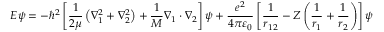
E \psi = - \hbar ^ { 2 } \left[ { \frac { 1 } { 2 \mu } } \left( \nabla _ { 1 } ^ { 2 } + \nabla _ { 2 } ^ { 2 } \right) + { \frac { 1 } { M } } \nabla _ { 1 } \cdot \nabla _ { 2 } \right] \psi + { \frac { e ^ { 2 } } { 4 \pi \varepsilon _ { 0 } } } \left[ { \frac { 1 } { r _ { 1 2 } } } - Z \left( { \frac { 1 } { r _ { 1 } } } + { \frac { 1 } { r _ { 2 } } } \right) \right] \psi